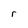
Character: r